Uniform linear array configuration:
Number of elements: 8
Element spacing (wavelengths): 0.75
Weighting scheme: kaiser
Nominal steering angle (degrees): -60
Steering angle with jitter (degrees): -60.251
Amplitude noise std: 0.05
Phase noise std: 0.05

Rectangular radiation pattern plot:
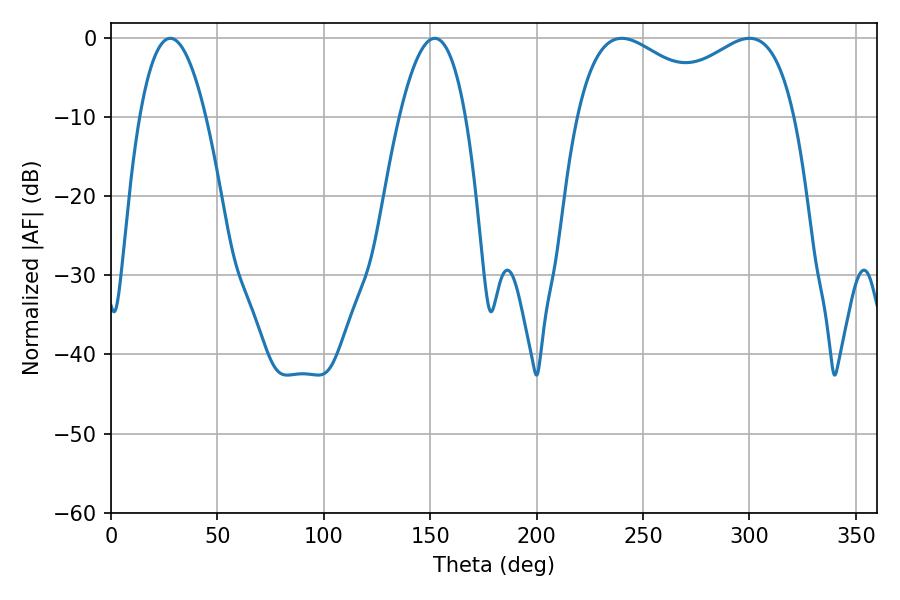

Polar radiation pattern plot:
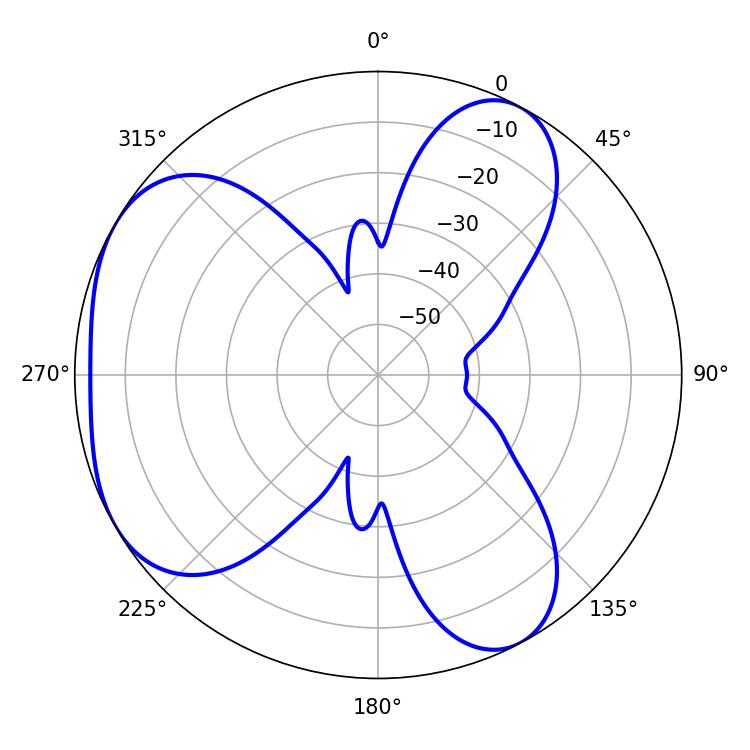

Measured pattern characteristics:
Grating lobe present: TRUE
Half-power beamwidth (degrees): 39.6
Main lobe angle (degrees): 239.94